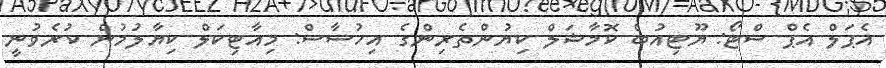
އެޕަލް އެޕް ސްޓޯ: ޔޫޓިއުބް ކޮމާޝަލް ކިޔުންތެރިންގެ އިހުސާސް: މިއާޓިކަލް ކިޔާލުމުން ކުރެވުނީ